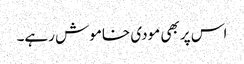
اس پر بھی مودی خاموش رہے۔